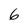
Character: 6